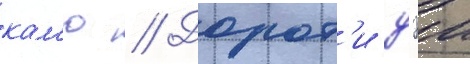
кам'ю // Дорот'и дэи